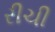
રીચી